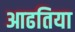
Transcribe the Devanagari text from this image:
आढतिया